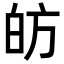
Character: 𭽍